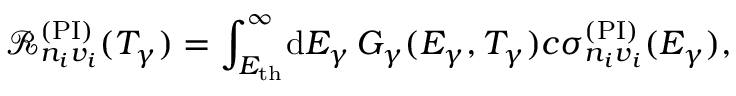
\mathcal { R } _ { n _ { i } v _ { i } } ^ { ( \mathrm { P I } ) } ( T _ { \gamma } ) = \int _ { E _ { \mathrm { t h } } } ^ { \infty } \! \mathrm { d } E _ { \gamma } \, G _ { \gamma } ( E _ { \gamma } , T _ { \gamma } ) c \sigma _ { n _ { i } v _ { i } } ^ { ( \mathrm { P I } ) } ( E _ { \gamma } ) ,